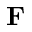
\mathbf { F }